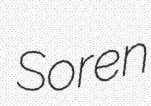
Soren